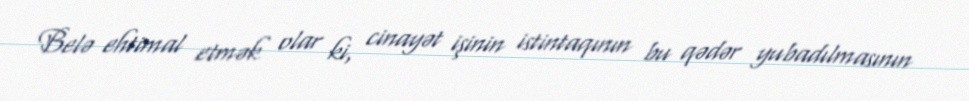
Belə ehtimal etmək olar ki, cinayət işinin istintaqının bu qədər yubadılmasının